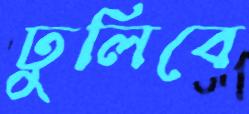
ঢুলিবে